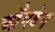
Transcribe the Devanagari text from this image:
ऑंगडेन